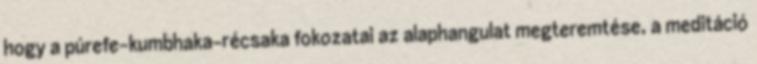
hogy a púrefe-kumbhaka-récsaka fokozatai az alaphangulat megteremtése, a meditáció